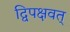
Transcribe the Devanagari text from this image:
द्विपक्षवत्‌